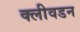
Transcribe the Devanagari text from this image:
क्लीवडन